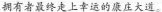
拥有者最终走上幸运的康庄大道。